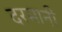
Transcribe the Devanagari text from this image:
दरमानी